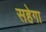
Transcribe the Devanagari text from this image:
सहेगा